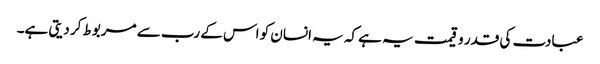
عبادت کی قدر و قیمت یہ ہے کہ یہ انسان کو اس کے رب سے مربوط کر دیتی ہے۔